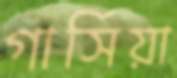
গার্সিয়া